Assam Mental Hospital (Tezpur, India) - 1933-1948
Year: 1933
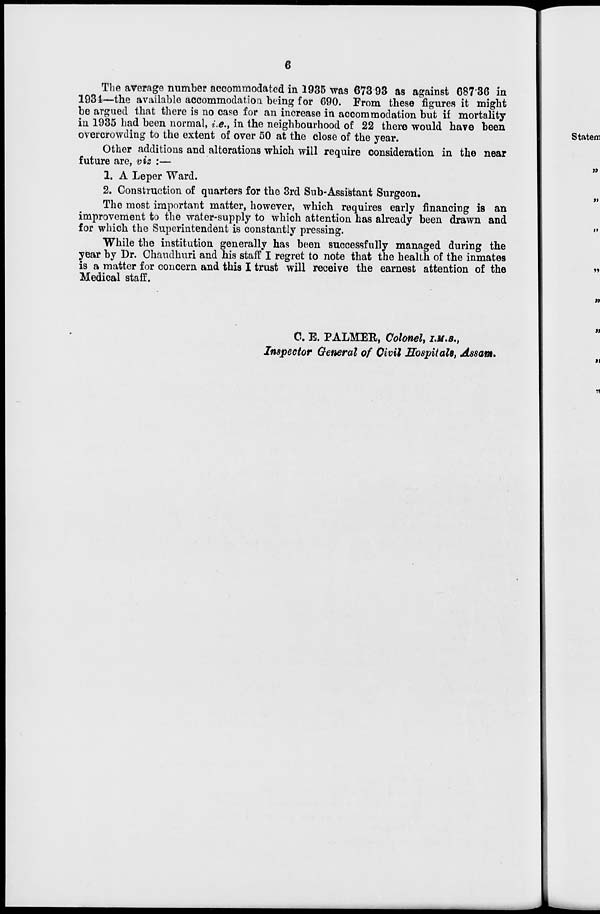
6
The average number accommodated in 1935 was 673.93 as against 687.36 in
1934—the available accommodation being for 690. From these figures it might
be argued that there is no case for an increase in accommodation but if mortality
in 1935 had been normal, i.e., in the neighbourhood of 22 there would have been
overcrowding to the extent of over 50 at the close of the year.
Other additions and alterations which will require consideration in the near
future are, viz :—
1. A Leper Ward.
2. Construction of quarters for the 3rd Sub-Assistant Surgeon.
The most important matter, however, which requires early financing is an
improvement to the water-supply to which attention has already been drawn and
for which the Superintendent is constantly pressing.
While the institution generally has been successfully managed during the
year by Dr. Chaudhuri and his staff I regret to note that the health of the inmates
is a matter for concern and this I trust will receive the earnest attention of the
Medical staff.
C. E. PALMER, Colonel, I.M.S.,
Inspector General of Civil Hospitals, Assam.